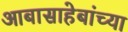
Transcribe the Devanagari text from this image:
आबासाहेबांच्या